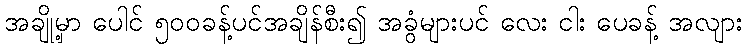
အချို့မှာ ပေါင် ၅၀၀ခန့်ပင်အချိန်စီး၍ အခွံများပင် လေး ငါး ပေခန့် အလျား